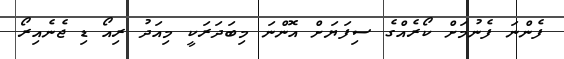
ފެންނަ ފެނުމަށް ކޯރެއްގެ ސިފަޔަށް އޮންނަ މިބަދަރަކީ މިއަދު ރިއޯ ޑި ޖެނެއިރޯ